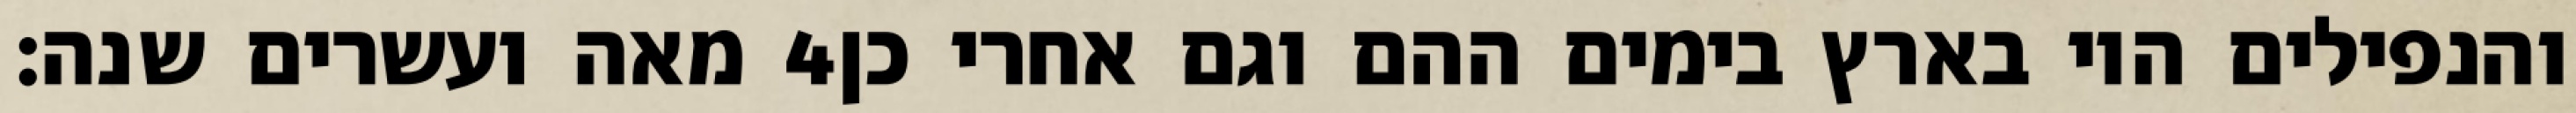
מאה ועשרים שנה׃ ‎4‏ והנפילים היו בארץ בימים ההם וגם אחרי כן